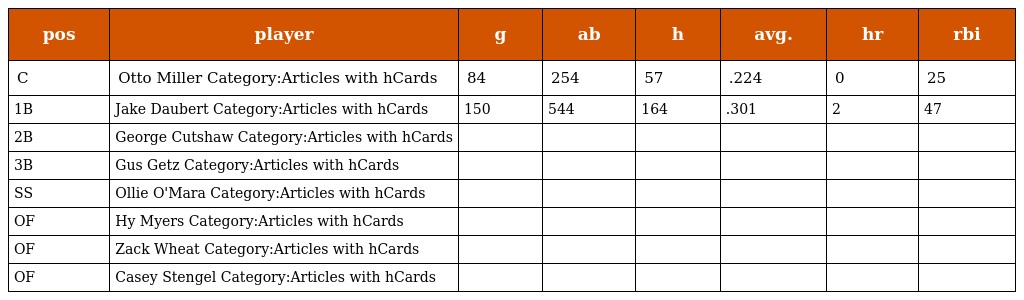
| pos | player | g | ab | h | avg. | hr | rbi |
 | --- | --- | --- | --- | --- | --- | --- | --- |
 | C | Otto Miller Category:Articles with hCards | 84 | 254 | 57 | .224 | 0 | 25 |
 | 1B | Jake Daubert Category:Articles with hCards | 150 | 544 | 164 | .301 | 2 | 47 |
 | 2B | George Cutshaw Category:Articles with hCards |  |  |  |  |  |  |
 | 3B | Gus Getz Category:Articles with hCards |  |  |  |  |  |  |
 | SS | Ollie O'Mara Category:Articles with hCards |  |  |  |  |  |  |
 | OF | Hy Myers Category:Articles with hCards |  |  |  |  |  |  |
 | OF | Zack Wheat Category:Articles with hCards |  |  |  |  |  |  |
 | OF | Casey Stengel Category:Articles with hCards |  |  |  |  |  |  |